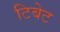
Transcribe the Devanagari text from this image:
टिबेट